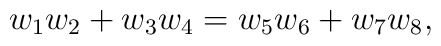
w_1w_2 + w_3w_4 = w_5w_6 + w_7w_8,